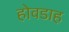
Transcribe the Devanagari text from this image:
होवडाह